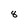
Character: 8